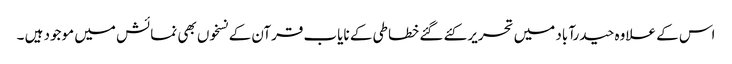
اس کے علاوہ حیدرآباد میں تحریر کئے گئے خطاطی کے نایاب قرآن کے نسخوں بھی نمائش میں موجود ہیں ۔